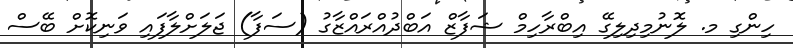
ހިންގި މ. ލޮނުމިދިލިގޭ އިބްރާހިމް ޝަފާޒް އަބްދުއްރައްޒާގު (ސަފާ) ޖަލަށްލާފައި ވަނިކޮށް ބޭސް